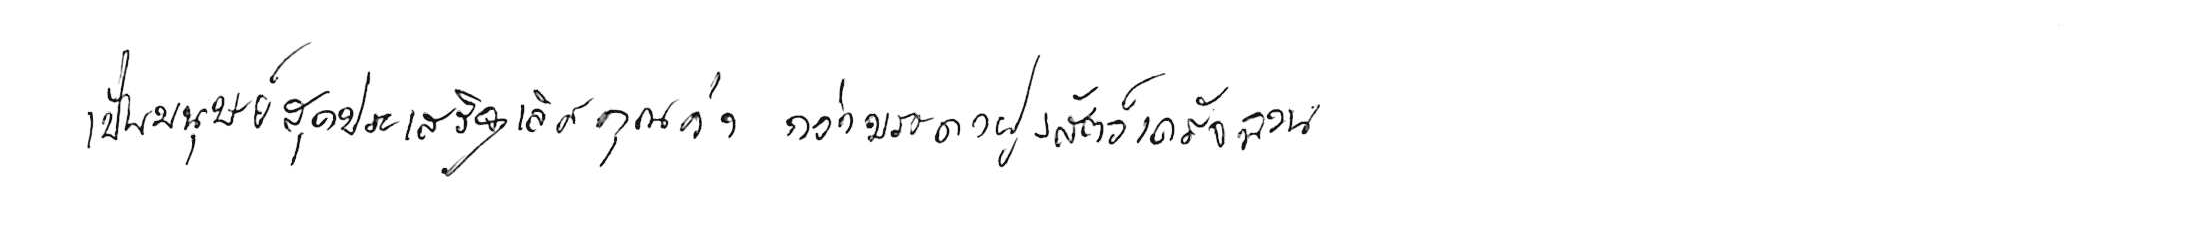
เป็นมนุษย์สุดประเสริฐเลิศคุณค่า กว่าบรรดาฝูงสัตว์เดรัจฉาน